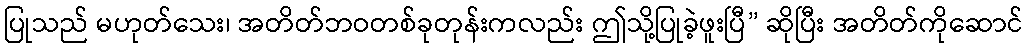
ပြုသည် မဟုတ်သေး၊ အတိတ်ဘဝတစ်ခုတုန်းကလည်း ဤသို့ပြုခဲ့ဖူးပြီ” ဆိုပြီး အတိတ်ကိုဆောင်